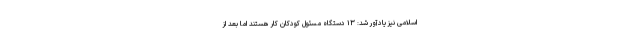
اسلامی نیز یادآور شد: ۱۳ دستگاه مسئول کودکان کار هستند اما بعد از